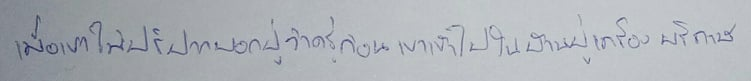
เมื่อเขาไม่ปริปากบอกปู่ว่าครู่ก่อนเขาเข้าไปในบ้านปู่เครื่องบริภาษ